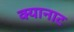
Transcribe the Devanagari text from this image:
क्यानाट